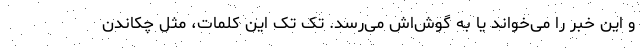
و این خبر را می‌خواند یا به گوش‌اش می‌رسد. تک تک این کلمات، مثل چکاندن